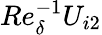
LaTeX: Re_{\delta}^{-1}U_{i2}